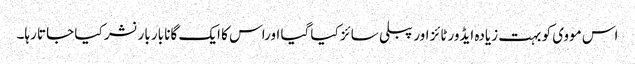
اس مووی کو بہت زیادہ ایڈورٹائز اور پبلی سائز کیا گیا اوراس کا ایک گانا بار بار نشر کیا جاتا رہا۔